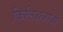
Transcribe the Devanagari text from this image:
किलिअजाओ